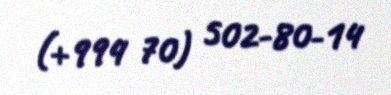
(+994 70) 502-80-14